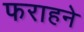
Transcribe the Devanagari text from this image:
फराहने